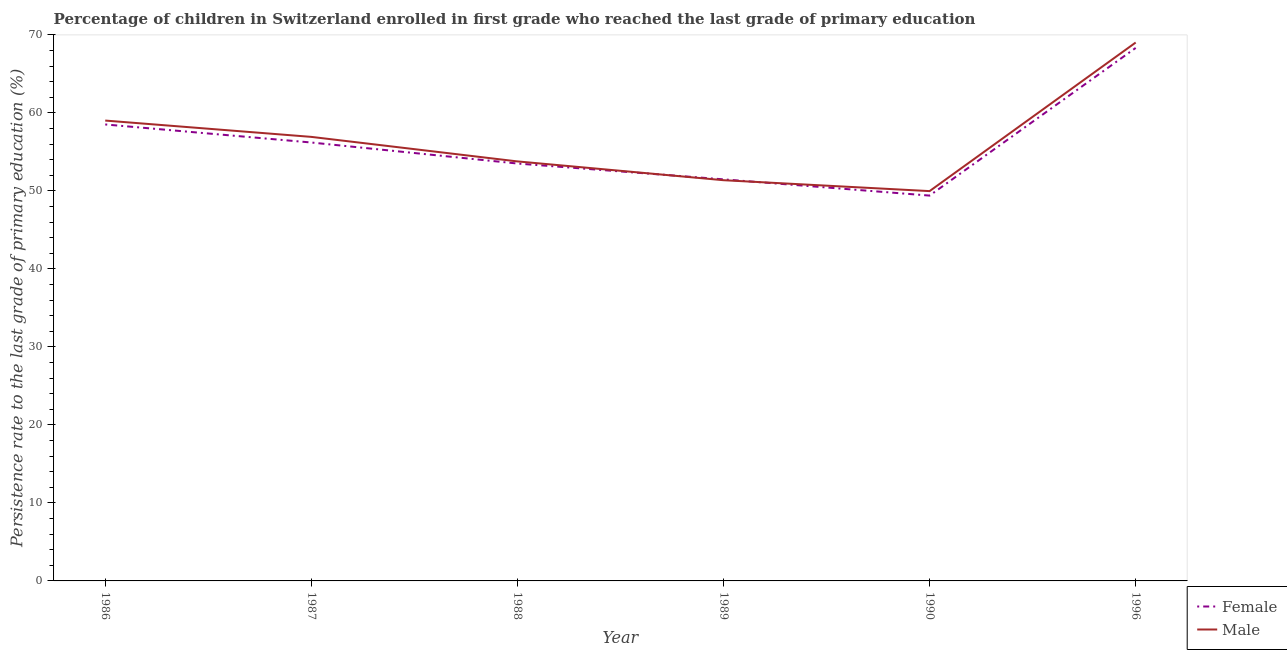
| Year | Female | Male |
 | --- | --- | --- |
 | 1986 | 58.5 | 59 |
 | 1987 | 56.2 | 56.9 |
 | 1988 | 53.5 | 53.8 |
 | 1989 | 51.5 | 51.4 |
 | 1990 | 49.4 | 50 |
 | 1996 | 68.3 | 69 |